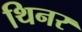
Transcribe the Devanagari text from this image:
थिनर